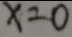
x = 0